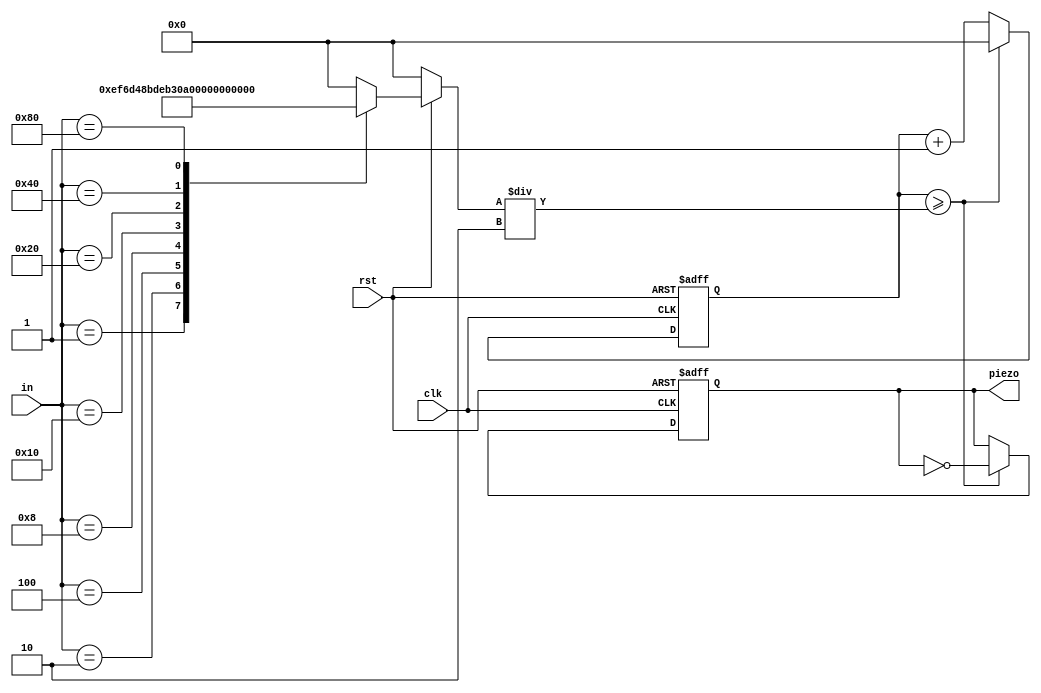
module piezo_piano(clk, rst, in, piezo);
input clk, rst;
input [7:0] in;
output reg piezo;
parameter C2 = 12'd3830;
parameter D2 = 12'd3400;
parameter E2 = 12'd3038;
parameter F2 = 12'd2864;
parameter G2 = 12'd2550;
parameter A2 = 12'd2272;
parameter B2 = 12'd2028;
parameter C3 = 12'd1912;
reg [11:0] cnt;
reg [11:0] cnt_limit;


always @(in) begin // make frequency after pushing switch
	if(!rst) cnt_limit <= 0;
	else begin
		case(in)
			8'b00000001 : cnt_limit <= C2;
			8'b00000010 : cnt_limit <= D2;
			8'b00000100 : cnt_limit <= E2;
			8'b00001000 : cnt_limit <= F2;
			8'b00010000 : cnt_limit <= G2;
			8'b00100000 : cnt_limit <= A2;
			8'b01000000 : cnt_limit <= B2;
			8'b10000000 : cnt_limit <= C3;
			default : cnt_limit <= 0;
		endcase
	end
end

always @(posedge clk or negedge rst) begin
	if(!rst) begin
		cnt <= 0;
		piezo <= 0;
	end
	else begin
		if(cnt >= cnt_limit/2) begin
			cnt <= 0;
			piezo = ~piezo;
		end
		else begin
			cnt <= cnt + 1;
		end
	end
end

endmodule